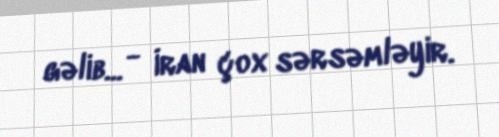
gəlib... - İran çox sərsəmləyir.